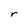
Character: r